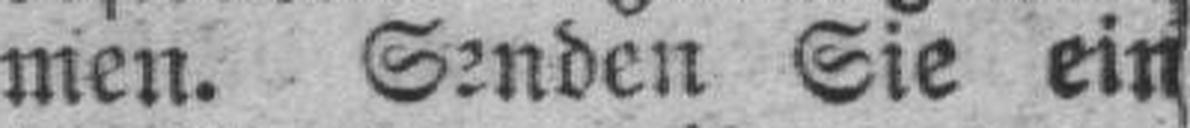
men. Senden Sie ein